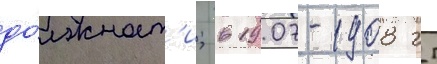
до́лжност'и; в 1907-1908 гг